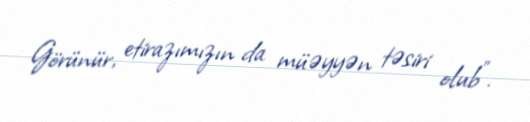
Görünür, etirazımızın da müəyyən təsiri olub”.